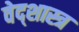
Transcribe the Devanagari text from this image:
वेद्शास्त्र